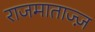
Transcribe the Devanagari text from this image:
राजमाताज्ज़